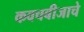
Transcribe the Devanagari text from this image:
कवचबीजाचे